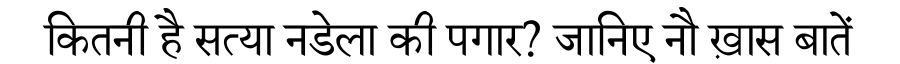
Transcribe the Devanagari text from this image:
कितनी है सत्या नडेला की पगार? जानिए नौ ख़ास बातें